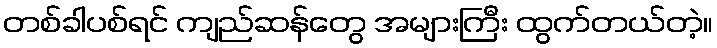
တစ်ခါပစ်ရင် ကျည်ဆန်တွေ အများကြီး ထွက်တယ်တဲ့။